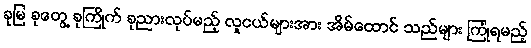
ခုမြ ခုတွေ့ ခုကြိုက် ခုညားလုပ်မည့် လူငယ်များအား အိမ်ထောင် သည်များ ကြုံရမည့်